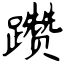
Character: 躜